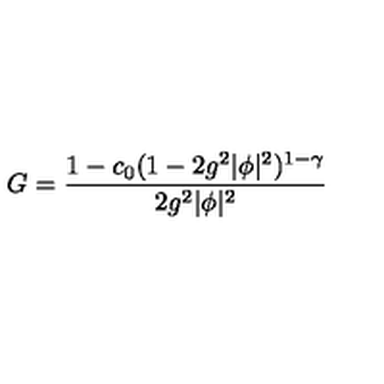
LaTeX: G = { \frac { 1 - c _ { 0 } ( 1 - 2 g ^ { 2 } | \phi | ^ { 2 } ) ^ { 1 - \gamma } } { 2 g ^ { 2 } | \phi | ^ { 2 } } }